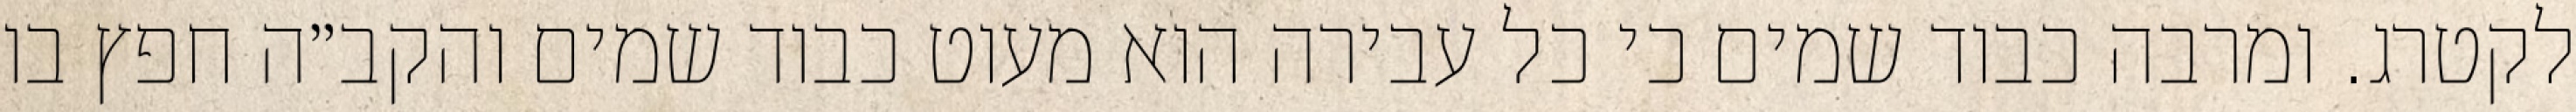
לקטרג. ומרבה כבוד שמים כי כל עבירה הוא מעוט כבוד שמים והקב״ה חפץ בו